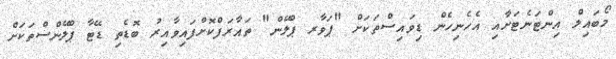
މޯބައިލް އިންޓަނެޓަށާއި އެހެނިހެން ޑިވައިސްތަކަށް "ޕަވާރ ޕްލޭން" ތައާރަފްކޮށްފައިވާއިރު ބޮޑެތި ޑޭޓާ ޕްލޭންސްތަކަށް